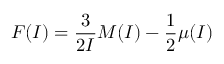
F ( I ) = \frac { 3 } { 2 I } M ( I ) - \frac { 1 } { 2 } \mu ( I )